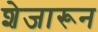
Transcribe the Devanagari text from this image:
शेजारून